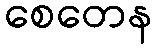
စေတေန